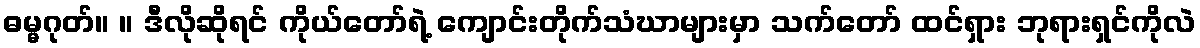
ဓမ္မဂုတ်။ ။ ဒီလိုဆိုရင် ကိုယ်တော်ရဲ့ ကျောင်းတိုက်သံဃာများမှာ သက်တော် ထင်ရှား ဘုရားရှင်ကိုလဲ